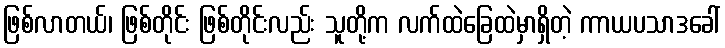
ဖြစ်လာတယ်၊ ဖြစ်တိုင်း ဖြစ်တိုင်းလည်း သူတို့က လက်ထဲခြေထဲမှာရှိတဲ့ ကာယပသာဒခေါ်